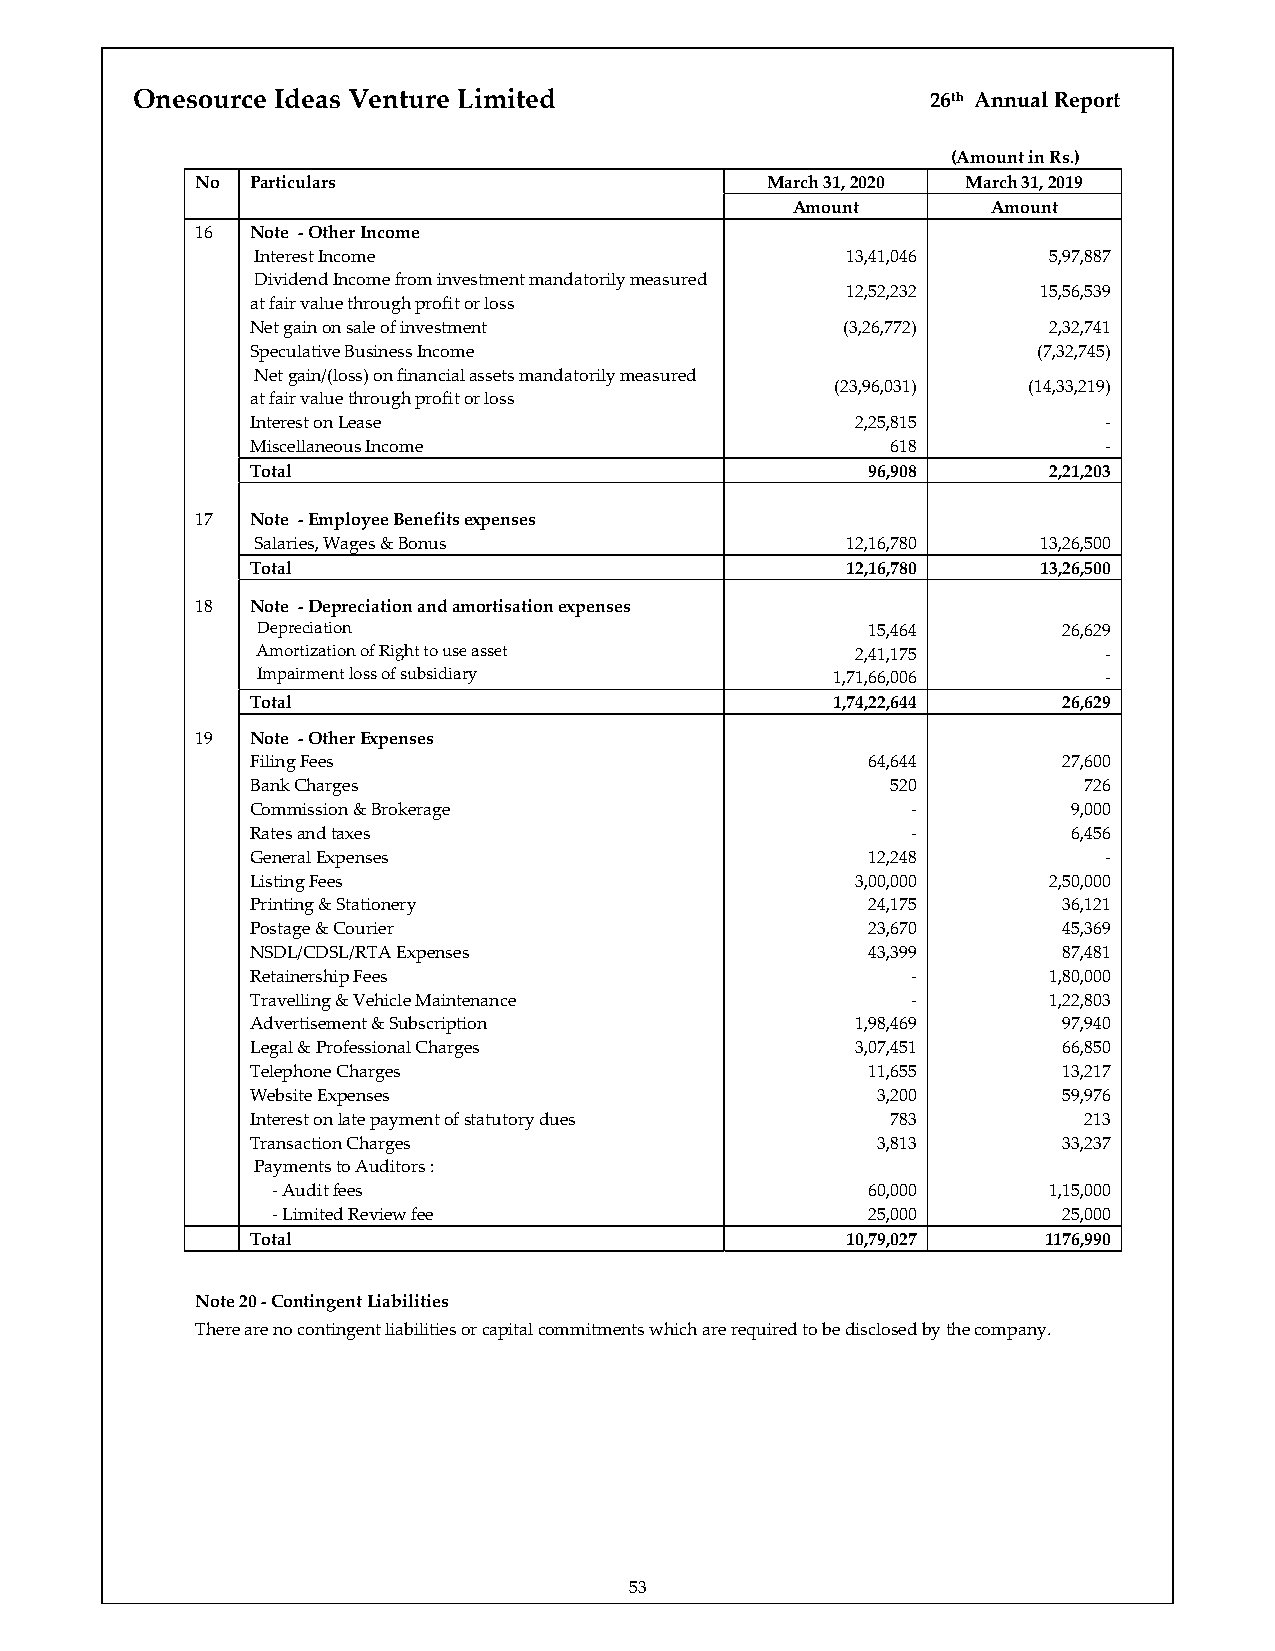
Onesource Ideas Venture Limited                      26th Annual Report
 (Amount in Rs.)
 No  Particulars                       March 31, 2020 March 31, 2019
 Amount        Amount
 16  Note ‐ Other Income
 Interest Income                        13,41,046    5,97,887
 Dividend Income from investment mandatorily measured
 12,52,232    15,56,539
 at fair value through profit or loss
 Net gain on sale of investment         (3,26,772)   2,32,741
 Speculative Business Income                         (7,32,745)
 Net gain/(loss) on financial assets mandatorily measured
 (23,96,031)  (14,33,219)
 at fair value through profit or loss
 Interest on Lease                       2,25,815        ‐
 Miscellaneous Income                      618           ‐
 Total                                   96,908      2,21,203
 17  Note ‐ Employee Benefits expenses
 Salaries, Wages & Bonus                12,16,780    13,26,500
 Total                                  12,16,780    13,26,500
 18  Note ‐ Depreciation and amortisation expenses
 Depreciation                            15,464       26,629
 Amortization of Right to use asset      2,41,175        ‐
 Impairment loss of subsidiary         1,71,66,006       ‐
 Total                                 1,74,22,644    26,629
 19  Note ‐ Other Expenses
 Filing Fees                             64,644       27,600
 Bank Charges                              520          726
 Commission & Brokerage                     ‐          9,000
 Rates and taxes                            ‐          6,456
 General Expenses                        12,248          ‐
 Listing Fees                            3,00,000    2,50,000
 Printing & Stationery                   24,175       36,121
 Postage & Courier                       23,670       45,369
 NSDL/CDSL/RTA Expenses                  43,399       87,481
 Retainership Fees                          ‐        1,80,000
 Travelling & Vehicle Maintenance           ‐        1,22,803
 Advertisement & Subscription            1,98,469     97,940
 Legal & Professional Charges            3,07,451     66,850
 Telephone Charges                       11,655       13,217
 Website Expenses                         3,200       59,976
 Interest on late payment of statutory dues 783         213
 Transaction Charges                      3,813       33,237
 Payments to Auditors :
 ‐ Audit fees                           60,000      1,15,000
 ‐ Limited Review fee                   25,000       25,000
 Total                                  10,79,027    1176,990
 Note 20 ‐ Contingent Liabilities
 There are no contingent liabilities or capital commitments which are required to be disclosed by the company.
 53